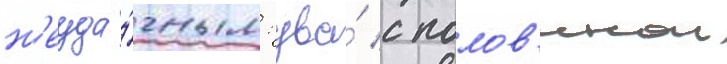
н'еуда́чным: два́ с полов'инои